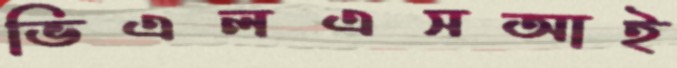
ভিএলএসআই